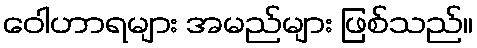
ဝေါဟာရများ အမည်များ ဖြစ်သည်။